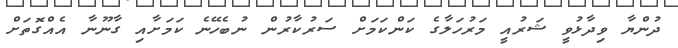
ދުންޔާ ވިދާޅުވީ ޝަރުއީ މަރުހަލާގެ ކަންކަމަށް ސަރުކާރުން ނުބެހޭނެ ކަމަށާއި ގާނޫނާ އެއްގޮތަށް